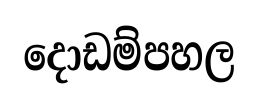
දොඩම්පහල